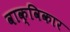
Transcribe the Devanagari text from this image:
वाक्विकार